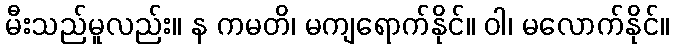
မီးသည်မူလည်း။ န ကမတိ၊ မကျရောက်နိုင်။ ဝါ၊ မလောက်နိုင်။